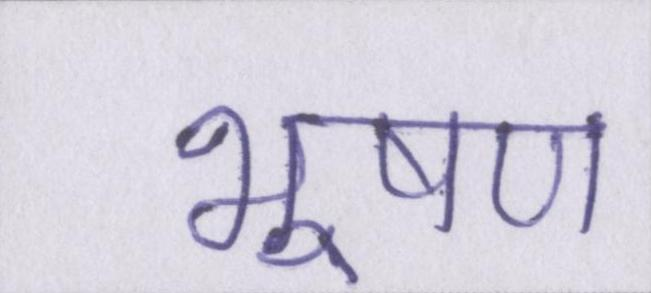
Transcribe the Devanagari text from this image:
भूषण